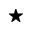
^ \star